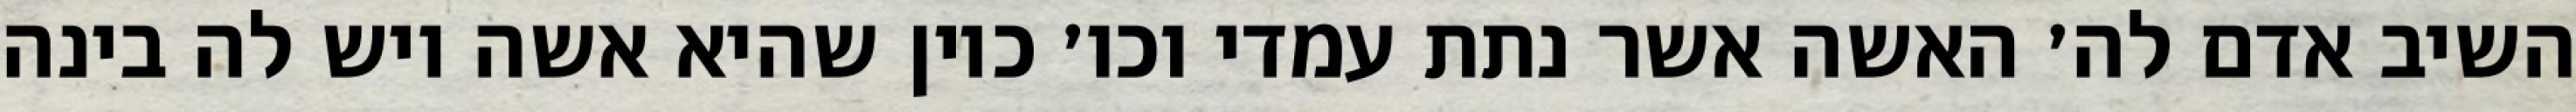
השיב אדם לה׳ האשה אשר נתת עמדי וכו׳ כיון שהיא אשה ויש לה בינה